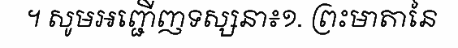
។ សូមអញ្ជើញទស្សនា៖១. ព្រះមាតានៃ